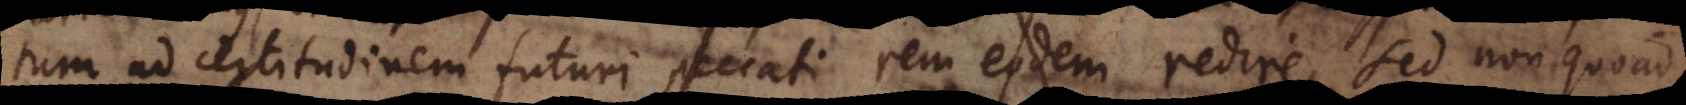
quantum ad certitudinem futuri peccati rem eodem redire, sed non quoad